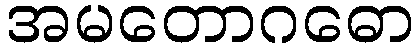
အမတောဂဓော